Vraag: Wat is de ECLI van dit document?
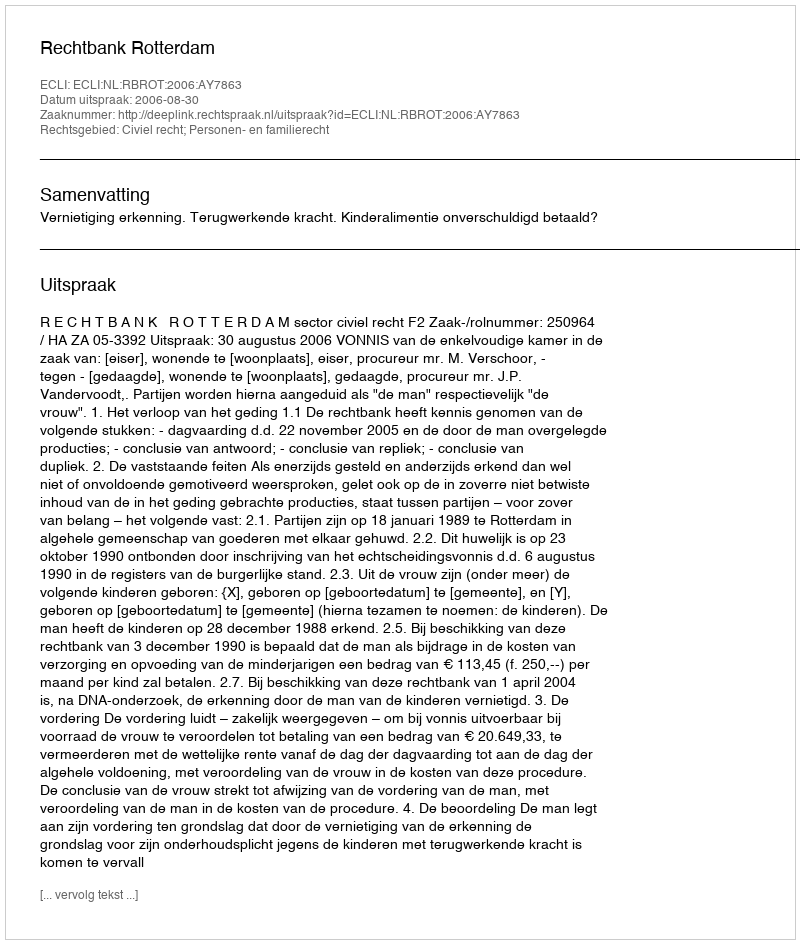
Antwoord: ECLI:NL:RBROT:2006:AY7863